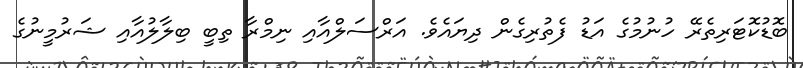
ބޮޑުކޮޓަރިތެރޭ ހުނުމުގެ އަޑު ފެތުރިގެން ދިޔައެވެ. އަރްސަލްއާއި ނިމްރާ ތިބީ ބިލާލުއާއި ޝަރުމީނުގެ